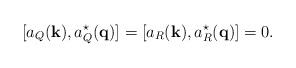
\begin{align*}[a_Q({\bf k}), a_Q^\star({\bf q})] = [a_R({\bf k}),a_R^\star({\bf q})] =0.\end{align*}